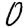
Digit: 0